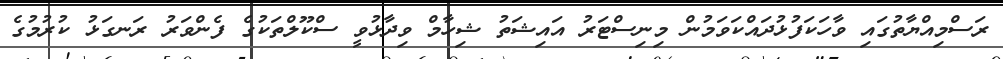
ރަސްމިއްޔާތުގައި ވާހަކަފުޅުދައްކަވަމުން މިނިސްޓަރު އައިޝަތު ޝިހާމް ވިދާޅުވީ ސްކޫލްތަކުގެ ފެންވަރު ރަނގަޅު ކުރުމުގެ